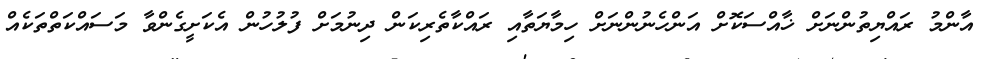
އާންމު ރައްޔިތުންނަށް ޚާއްސަކޮށް އަންހެނުންނަށް ހިމާޔަތާއި ރައްކާތެރިކަން ދިނުމަށް ފުލުހުން އެކަށީގެންވާ މަސައްކަތްތަކެއް